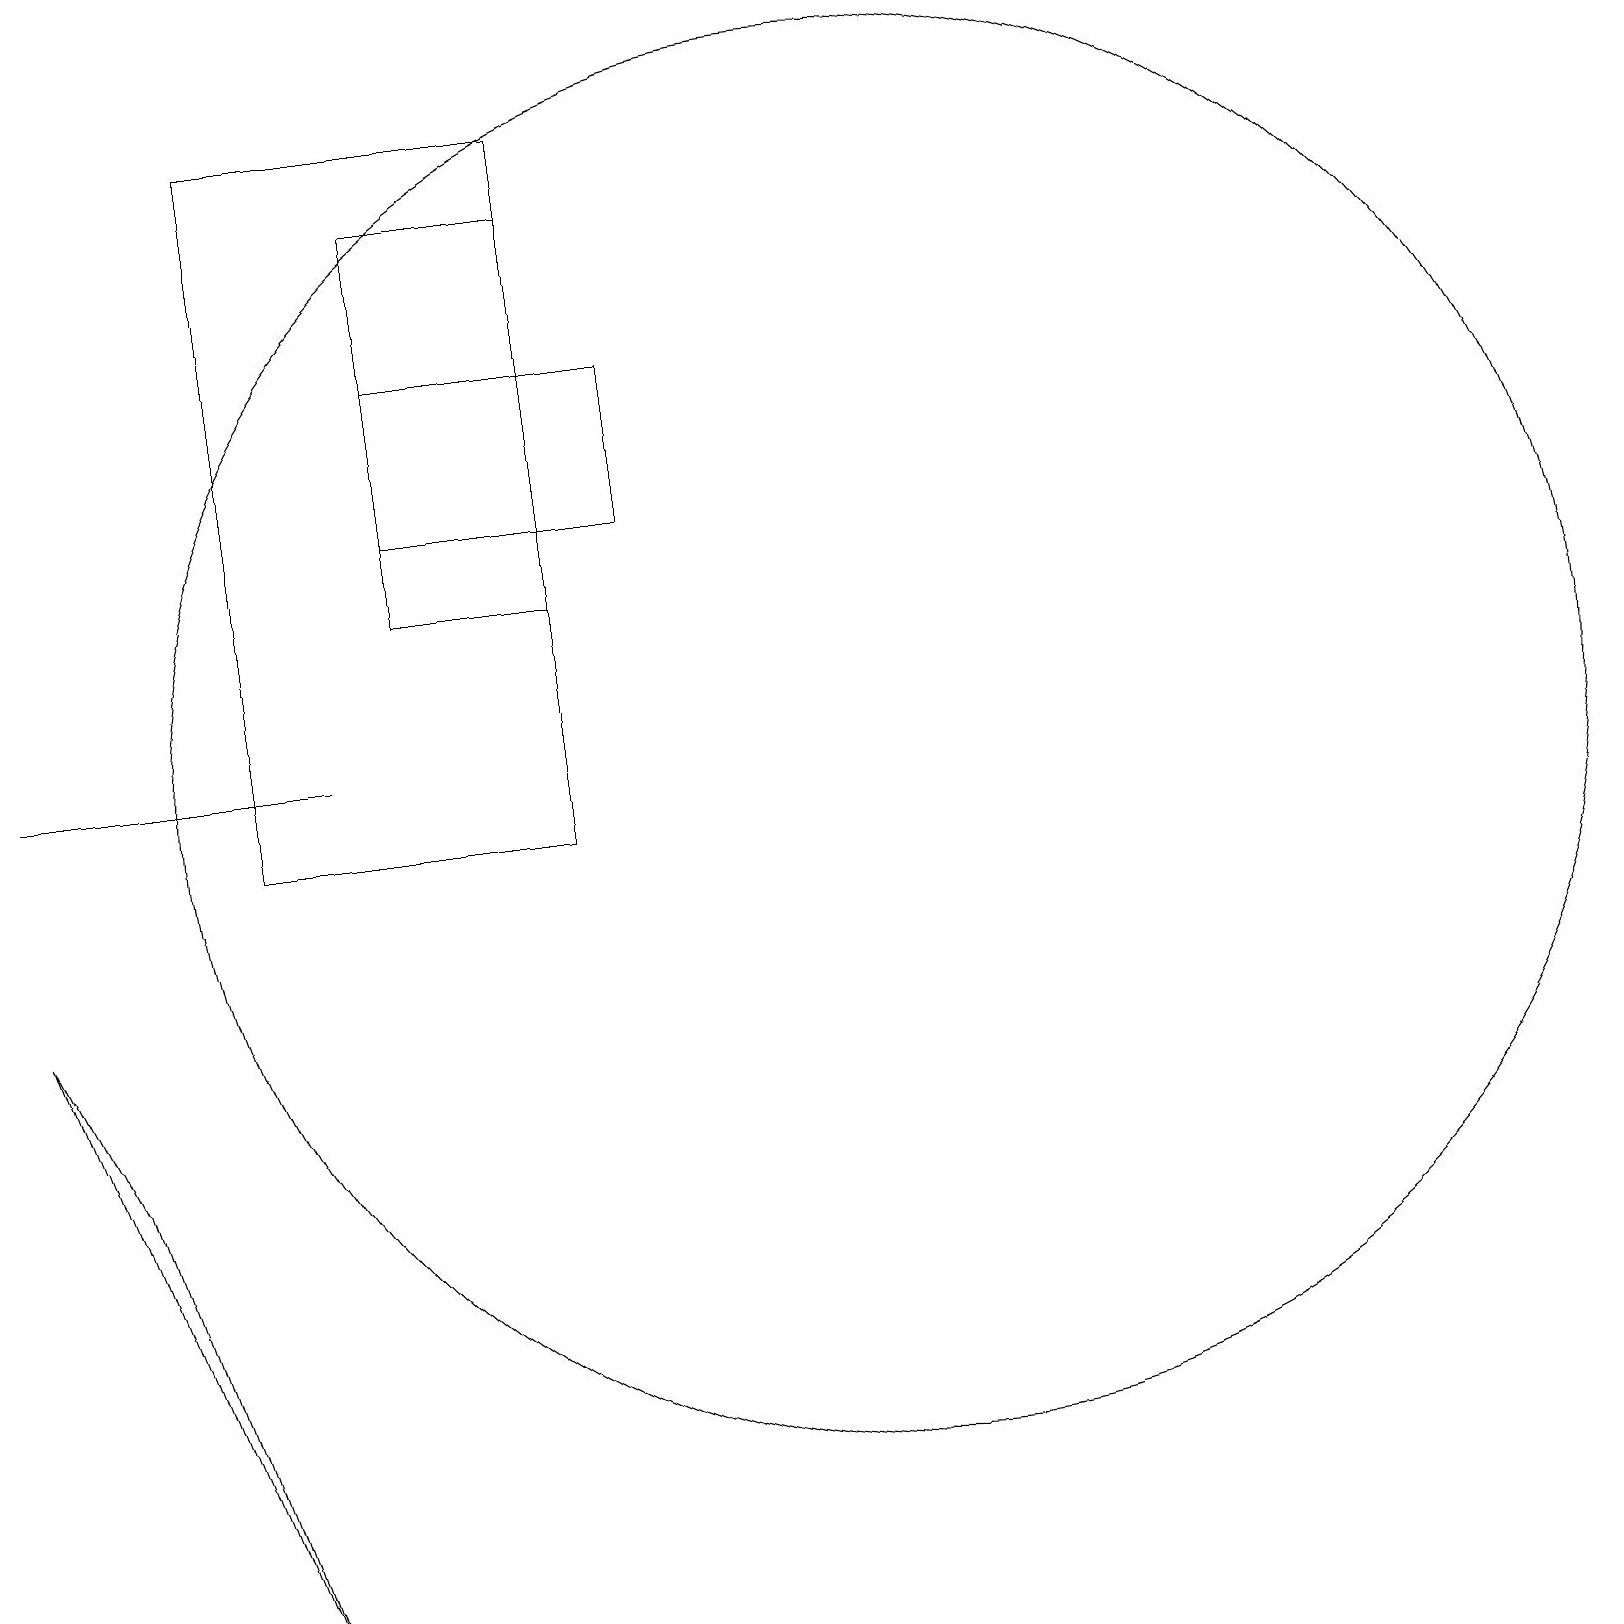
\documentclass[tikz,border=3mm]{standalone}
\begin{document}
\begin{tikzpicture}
\draw (5,14) rectangle (8,16);
\draw (11,11) circle (9);
\draw (5,13) rectangle (7,18);
\draw (3,10) rectangle (7,19);
\draw (4,11) rectangle (0,11);
\draw (3,0) -- (1,6) -- (0,8) -- cycle;
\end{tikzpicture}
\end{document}